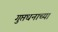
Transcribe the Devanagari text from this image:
गुप्तधनाच्या